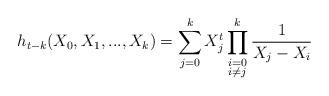
LaTeX: \begin{align*}h_{t-k} (X_0, X_1, ..., X_k) = \sum_{j=0}^{k} X_j^t \prod_{\substack{i=0 \\ i \neq j }}^{k} \frac{1}{X_j - X_i}\end{align*}